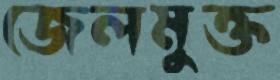
জেলমুক্ত